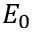
E _ { 0 }